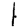
Digit: 1